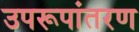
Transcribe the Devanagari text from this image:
उपरूपांतरण